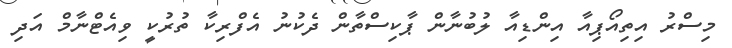
މިސްރު އިތިއޯޕިއާ އިންޑިއާ ލުބުނާން ޕާކިސްތާން ދެކުނު އެފްރިކާ ތުރުކީ ވިއެޓްނާމް އަދި